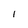
Character: 1